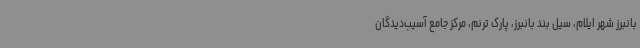
بانبرز شهر ایلام، سیل بند بانبرز، پارک ترنم، مرکز جامع آسیب‌دیدگان